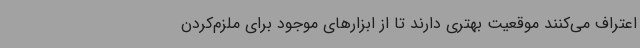
اعتراف می‌کنند موقعیت بهتری دارند تا از ابزارهای موجود برای ملزم‌کردن